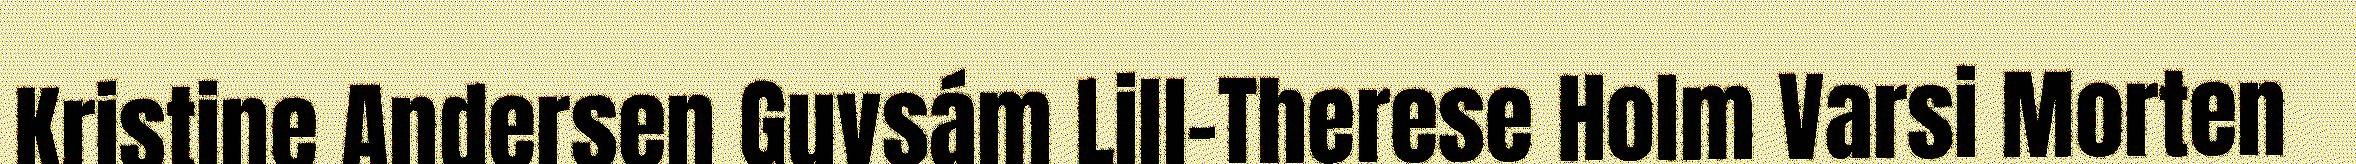
Kristine Andersen Guvsám Lill-Therese Holm Varsi Morten